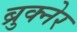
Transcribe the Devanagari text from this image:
ब्रुक्नेर